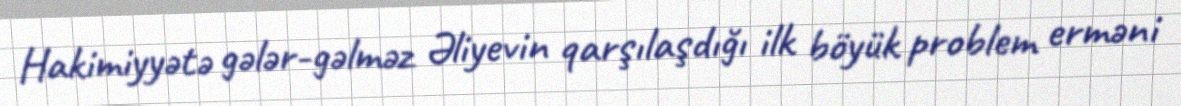
Hakimiyyətə gələr-gəlməz Əliyevin qarşılaşdığı ilk böyük problem erməni